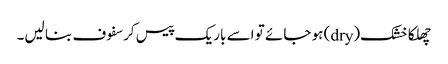
چھلکا خشک(dry) ہو جائے تو اسے باریک پیس کر سفوف بنا لیں۔